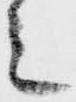
シ